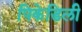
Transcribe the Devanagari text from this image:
पिकेडिली